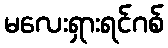
မလေးရှားရင်ဂစ်